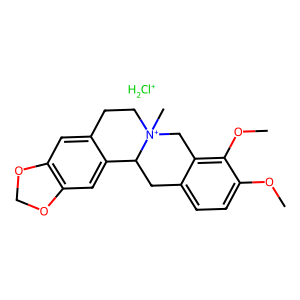
SMILES: COc1ccc2c(c1OC)C[N+]1(C)CCc3cc4c(cc3C1C2)OCO4.[ClH2+]
Inhibits HIV replication: No